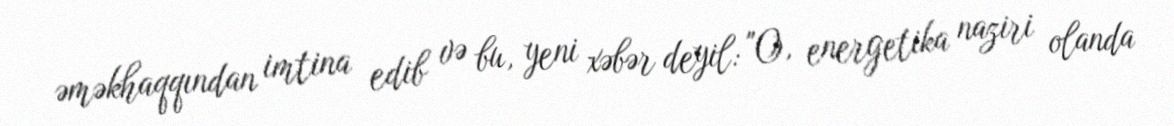
əməkhaqqından imtina edib və bu, yeni xəbər deyil: "O, energetika naziri olanda